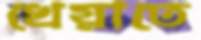
খেয়াতে